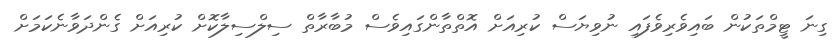
ގިނަ ޓީމްތަކުން ބައިވެރިވެފައި ނުވިޔަސް ކުރިއަށް އޮތްތާންގައިވެސް މުބާރާތް ސިލްސިލާކޮށް ކުރިއަށް ގެންދަވާނެކަމަށް